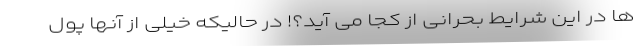
ها در این شرایط بحرانی از کجا می آید؟! در حالیکه خیلی از آنها پول